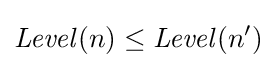
{\mathit {Level}}(n)\leq {\mathit {Level}}(n')